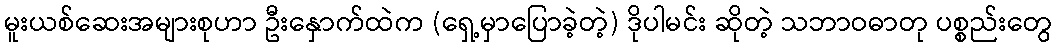
မူးယစ်ဆေးအများစုဟာ ဦးနှောက်ထဲက (ရှေ့မှာပြောခဲ့တဲ့) ဒိုပါမင်း ဆိုတဲ့ သဘာဝဓာတု ပစ္စည်းတွေ